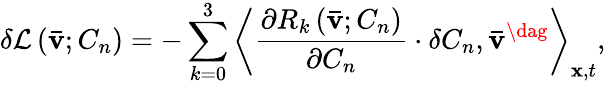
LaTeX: \delta{\mathcal L}\left({{\mathbf{\bar{v}}};{C_{n}}}\right)=-\sum_{k=0}^{3}{{{\left\langle{\frac{{\partial{R_{k}}\left({{\mathbf{\bar{v}}};{C_{n}}}\right)}}{{\partial{C_{n}}}}\cdot\delta{C_{n}},{{{\mathbf{\bar{v}}}}^{\dag}}}\right\rangle}_{{\mathbf{x}},t}}},